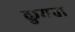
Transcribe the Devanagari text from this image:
कुमता